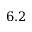
6 . 2